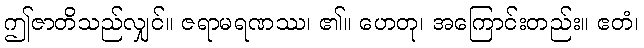
ဤဇာတိသည်လျှင်။ ဇရာမရဏဿ၊ ၏။ ဟေတု၊ အကြောင်းတည်း။ ဧတံ၊